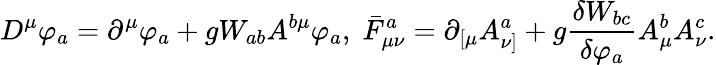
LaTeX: D^{\mu}\varphi_{a}=\partial^{\mu}\varphi_{a}+gW_{ab}A^{b\mu}\varphi_{a},\; \bar{F}_{\mu\nu}^{a}=\partial_{\left[\mu\right.}A_{\left.\nu\right]}^{a}+g\frac{\delta W_{bc}}{\delta\varphi_{a}}A_{\mu}^{b}A_{\nu}^{c}.